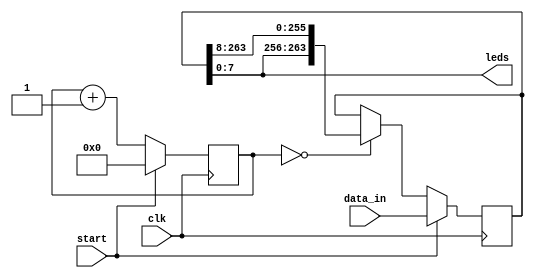
`timescale 1ns / 1ps
//////////////////////////////////////////////////////////////////////////////////
// Company: 
// Engineer: 
// 
// Design Name: 
// Module Name: rotate_leds
// Project Name: 
// Target Devices: 
// Tool Versions: 
// Description: 
// 
// Dependencies: 
// 
// Revision:
// Revision 0.01 - File Created
// Additional Comments:
// 
//////////////////////////////////////////////////////////////////////////////////


module rotate_leds #(parameter N=264)(
    input clk,
    input start,
    input [N-1:0] data_in,
    output [7:0] leds
    );
    
    reg [29:0] counter;
    reg [N-1:0] temp;
    
    always @(posedge clk)
    begin
        if (start) begin
            temp <= data_in;
            counter <= 0;
        end
        else begin
            counter <= counter + 1;
            if(counter == 0)
                temp <= {temp[7:0],temp[N-1:8]};
        end
    end
    
    assign leds = temp[7:0];
        
endmodule